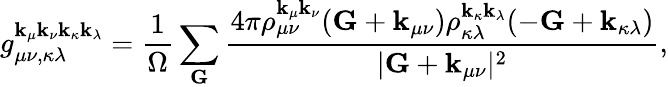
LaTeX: g_{\mu\nu,\kappa\lambda}^{\mathbf{k}_{\mu}\mathbf{k}_{\nu}\mathbf{k}_{\kappa}\mathbf{k}_{\lambda}}=\frac{1}{\Omega}\sum_{\mathbf{G}}\frac{4\pi\rho_{\mu\nu}^{\mathbf{k}_{\mu}\mathbf{k}_{\nu}}(\mathbf{G}+\mathbf{k}_{\mu\nu})\rho_{\kappa\lambda}^{\mathbf{k}_{\kappa}\mathbf{k}_{\lambda}}(-\mathbf{G}+\mathbf{k}_{\kappa\lambda})}{|\mathbf{G}+\mathbf{k}_{\mu\nu}|^{2}},